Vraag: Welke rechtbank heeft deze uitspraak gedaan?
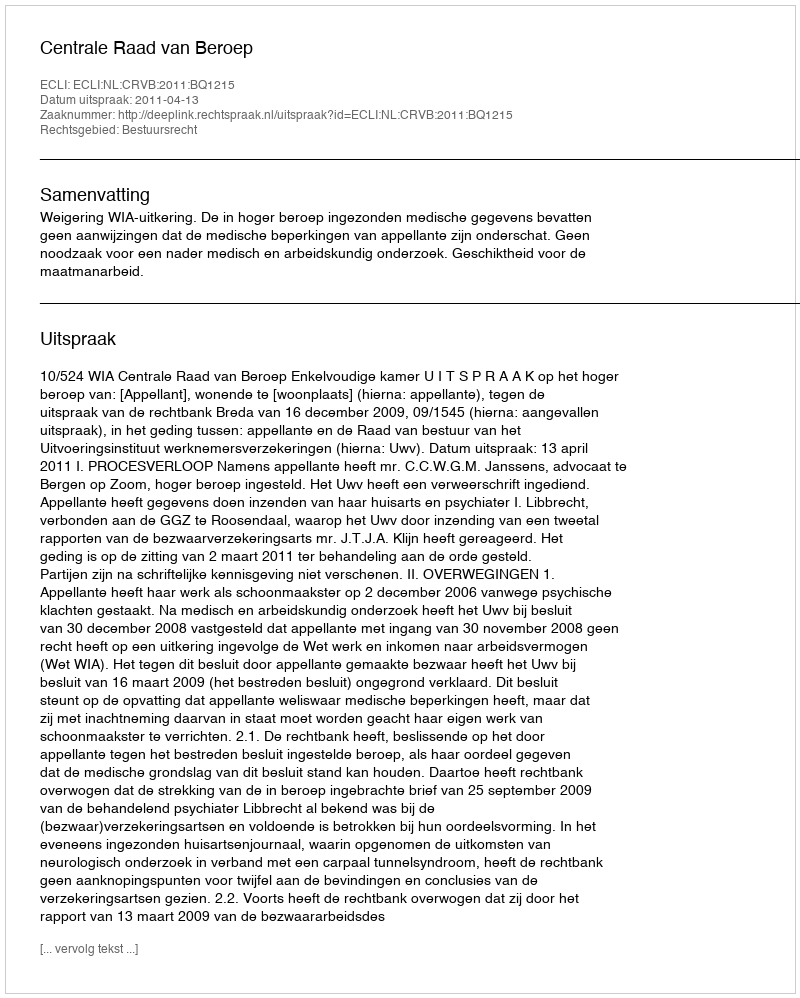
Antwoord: Centrale Raad van Beroep